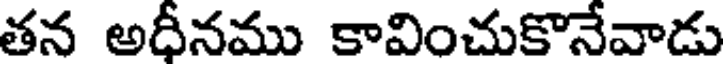
తన అధీనము కావించుకొనేవాడు